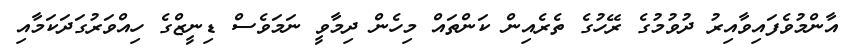
އާންމުވެފައިވާއިރު ދުވުމުގެ ރޭހުގެ ތެރެއިން ކަންތައް މިހެން ދިމާވީ ނަމަވެސް ޑިނީޒްގެ ހިއްވަރުގަދަކަމާއި